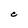
Character: C